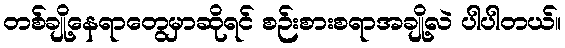
တစ်ချို့နေရာတွေမှာဆိုရင် စဉ်းစားစရာအချို့လဲ ပါပါတယ်။